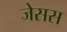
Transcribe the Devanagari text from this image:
जेसस